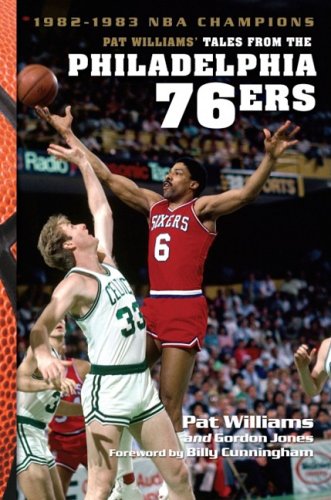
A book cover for Pat Williams' Tales from the Philadelphia 76ers; Pat Williams; Sports & Outdoors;